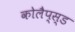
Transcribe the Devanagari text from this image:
कोलैप्स्ड